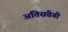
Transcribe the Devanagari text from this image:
अतिसंवेगी